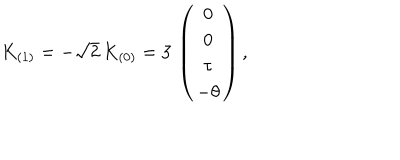
K _ { ( 1 ) } = - \sqrt { 2 } \, K _ { ( 0 ) } = 3 \, \left( \begin{array} { c } { { 0 } } \\ { { 0 } } \\ { { \tau } } \\ { { - \theta } } \\ \end{array} \right) ,